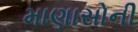
માણાસોની